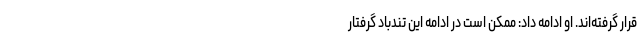
قرار گرفته‌اند. او ادامه داد: ممکن است در ادامه این تندباد گرفتار